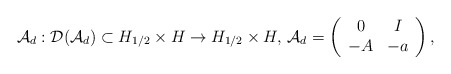
\begin{align*} {\mathcal A}_d : {\mathcal D}({\mathcal A}_d) \subset H_{1/2} \times H \rightarrow H_{1/2} \times H, \,{\mathcal A}_d = \left(\begin{array}{cc}0 &I \\- A &- a\\\end{array}\right),\end{align*}